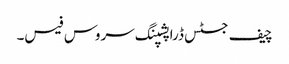
چیف جسٹس ڈراپشپنگ سروس فیس۔